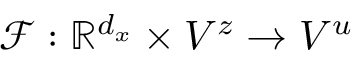
\mathcal { F } : \mathbb { R } ^ { d _ { x } } \times V ^ { z } \to V ^ { u }